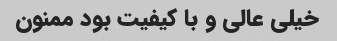
خیلی عالی و با کیفیت بود ممنون